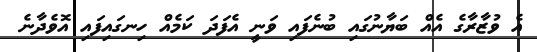
އެ ވުޒާރާގެ އެއް ބަޔާނުގައި ބުނެފައި ވަނީ އެފަދަ ކަމެއް ހިނގައިފައި އޮވެދާނެ